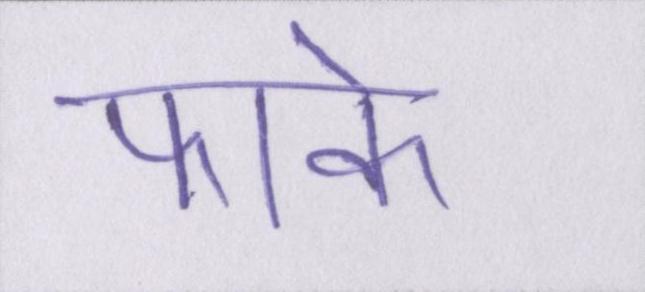
फाके